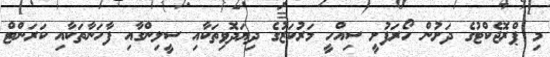
މި ޕްރޮޖެކްޓުގެ ދަށުން ހޯރަފުށީ ސިއްހީ މަރުކަޒުގެ ދިޔަދޮވިތަކާއި ސީލިންގާއި ފާހަނާތަކާއި ކަރަންޓް